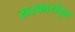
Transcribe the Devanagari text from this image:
सरकारांतून